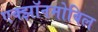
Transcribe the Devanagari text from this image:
एक्झॉनमोबिल